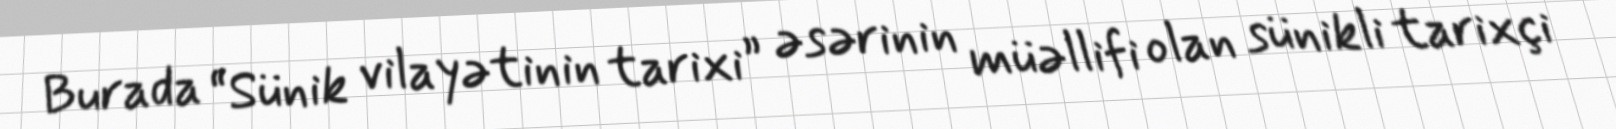
Burada “Sünik vilayətinin tarixi” əsərinin müəllifi olan sünikli tarixçi